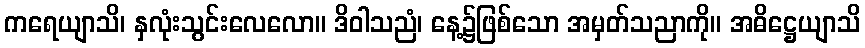
ကရေယျာသိ၊ နှလုံးသွင်းလေလော။ ဒိဝါသညံ၊ နေ့၌ဖြစ်သော အမှတ်သညာကို။ အဓိဋ္ဌေယျာသိ